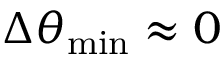
\Delta \theta _ { \mathrm { { m i n } } } \approx 0